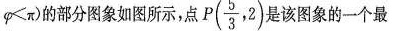
\propto < π)的部分图象如图所示，点P $$P( \frac{5}{3},2)$$ 是该图象的一个最